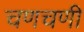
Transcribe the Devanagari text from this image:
चणचणी